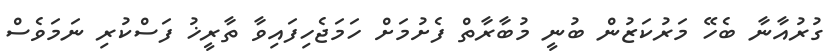
ގުރުއާނާ ބެހޭ މަރުކަޒުން ބުނީ މުބާރާތް ފެށުމަށް ހަމަޖެހިފައިވާ ތާރީޚު ފަސްކުރި ނަމަވެސް